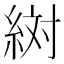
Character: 𬗔